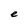
Character: e